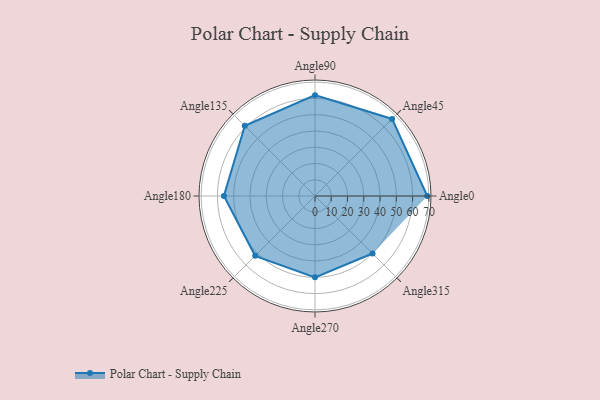
{"axis": {"x": "Angle", "y": "Radius"}, "legend": [""], "data": [{"x": "Angle0", "y": 69.0, "type": ""}, {"x": "Angle45", "y": 67.0, "type": ""}, {"x": "Angle90", "y": 62.0, "type": ""}, {"x": "Angle135", "y": 61.0, "type": ""}, {"x": "Angle180", "y": 56.0, "type": ""}, {"x": "Angle225", "y": 52.0, "type": ""}, {"x": "Angle270", "y": 50, "type": ""}, {"x": "Angle315", "y": 50, "type": ""}]}